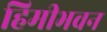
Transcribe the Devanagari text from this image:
हिमीभवन